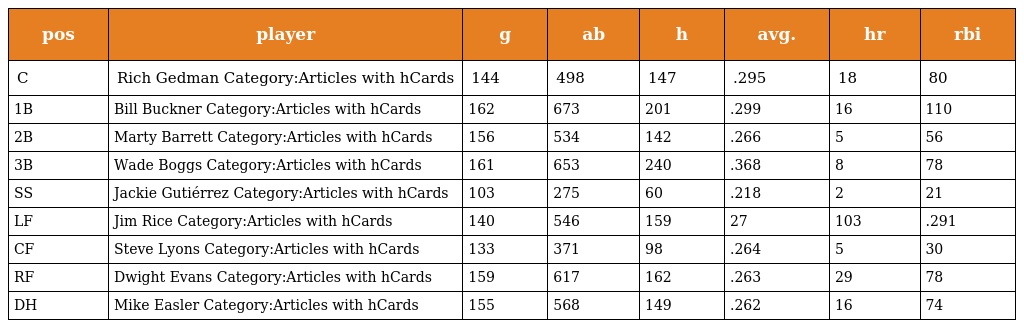
| pos | player | g | ab | h | avg. | hr | rbi |
 | --- | --- | --- | --- | --- | --- | --- | --- |
 | C | Rich Gedman Category:Articles with hCards | 144 | 498 | 147 | .295 | 18 | 80 |
 | 1B | Bill Buckner Category:Articles with hCards | 162 | 673 | 201 | .299 | 16 | 110 |
 | 2B | Marty Barrett Category:Articles with hCards | 156 | 534 | 142 | .266 | 5 | 56 |
 | 3B | Wade Boggs Category:Articles with hCards | 161 | 653 | 240 | .368 | 8 | 78 |
 | SS | Jackie Gutiérrez Category:Articles with hCards | 103 | 275 | 60 | .218 | 2 | 21 |
 | LF | Jim Rice Category:Articles with hCards | 140 | 546 | 159 | 27 | 103 | .291 |
 | CF | Steve Lyons Category:Articles with hCards | 133 | 371 | 98 | .264 | 5 | 30 |
 | RF | Dwight Evans Category:Articles with hCards | 159 | 617 | 162 | .263 | 29 | 78 |
 | DH | Mike Easler Category:Articles with hCards | 155 | 568 | 149 | .262 | 16 | 74 |